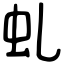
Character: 虬